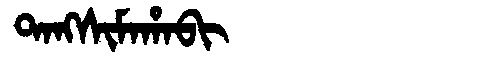
Manchu: ᡨᠠᠩᠰᡳᠮᠠᡥᠠᠪᡳ
Romanization: TANGSIMAHABI